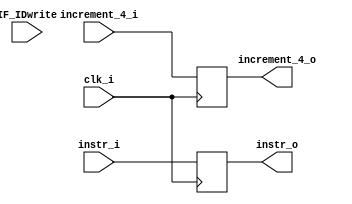
module IF_ID(  clk_i, increment_4_i, instr_i, increment_4_o, instr_o, IF_IDwrite);

input          clk_i, IF_IDwrite;
input [32-1:0] increment_4_i;
input [32-1:0] instr_i;

output [32-1:0] increment_4_o;
output [32-1:0] instr_o;

reg [32-1:0] increment_4_o;
reg [32-1:0] instr_o;

always @(posedge clk_i ) begin
	increment_4_o <= increment_4_i;
	instr_o <= instr_i;

end

initial begin
    increment_4_o = 0;
	instr_o = 0;
end

endmodule